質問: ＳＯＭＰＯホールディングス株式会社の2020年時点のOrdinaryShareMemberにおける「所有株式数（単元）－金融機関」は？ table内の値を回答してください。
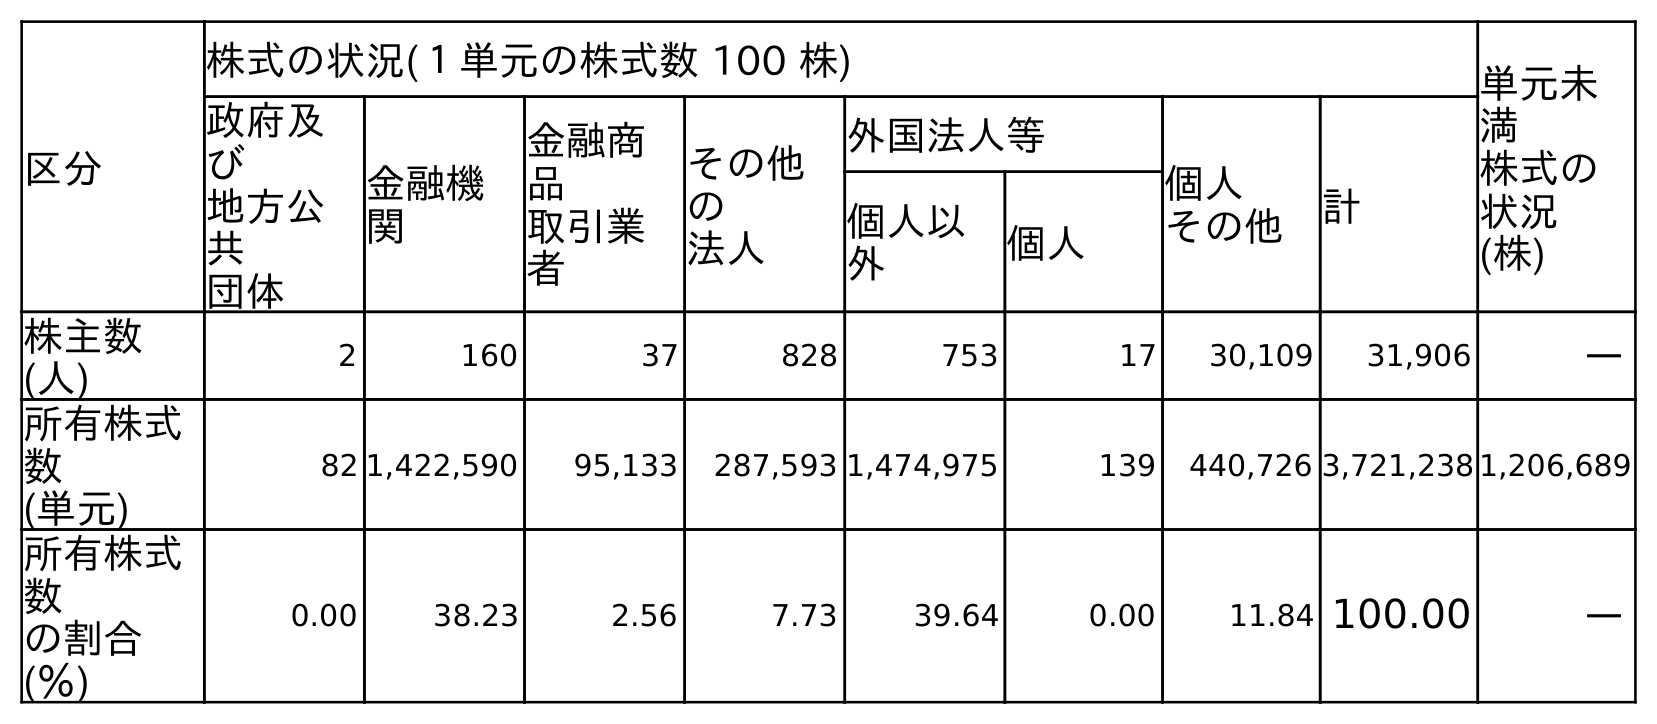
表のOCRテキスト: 区分 株式の状況(１単元の株式数 100 株) 単元未 満 株式の 状況 (株) 政府及 び 地方公 共 団体 金融機 関 金融商 品 取引業 者 その他 の 法人 外国法人等 個人 その他 計 個人以 外 個人 株主数 (人) 2 160 37 828 753 17 30,109 31,906 ― 所有株式 数 (単元) 82 1,422,590 95,133 287,593 1,474,975 139 440,726 3,721,238 1,206,689 所有株式 数 の割合 (％) 0.00 38.23 2.56 7.73 39.64 0.00 11.84 100.00 ―
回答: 1,422,590